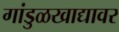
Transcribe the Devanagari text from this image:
गांडुळखाद्यावर